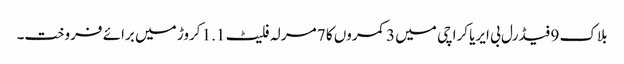
بلاک 9 فیڈرل بی ایریا کراچی میں 3 کمروں کا 7 مرلہ فلیٹ 1.1 کروڑ میں برائے فروخت۔